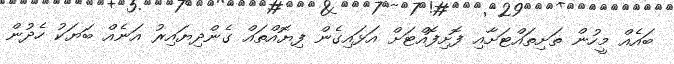
ބައެއް މީހުން ތަށިތައްޓަށާއި ފޮށިފޮއްޓަށް އަޅައިގެން ފިޔޮއްތައް ގެންދިޔައިރު އަނެއް ބަޔަކު ހެދުން